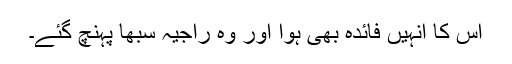
اس کا انہیں فائدہ بھی ہوا اور وہ راجیہ سبھا پہنچ گئے۔